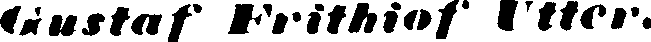
Gustaf Frithiof Utter.